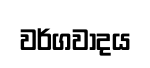
වර්ගවාදය